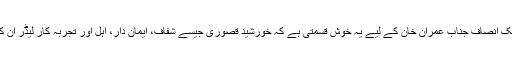
بحیثیت چیئرمین پاکستان تحریک انصاف جناب عمران خان کے لیے یہ خوش قسمتی ہے کہ خورشید قصوری جیسے شفاف، ایمان دار، اہل اور تجربہ کار لیڈر اُن کی قیادت میں اُن کے ساتھ ہیں۔